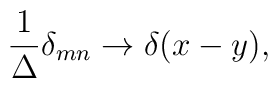
\frac{1}{\Delta} \delta_{mn} \rightarrow \delta(x-y),